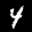
Label: 4